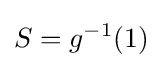
S=g^{-1}(1)